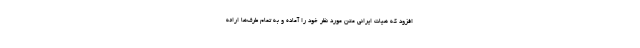
افزود که هیات ایرانی متن مورد نظر خود را آماده و به تمام طرف‌ها ارائه